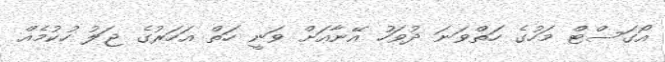
އޯގަސްޓް މަހުގެ ހަތްވަނަ ދުވަހު އޭނާއަށް ވަނީ ހަތް އަހަރުގެ ޖަލު ހުކުމެއް